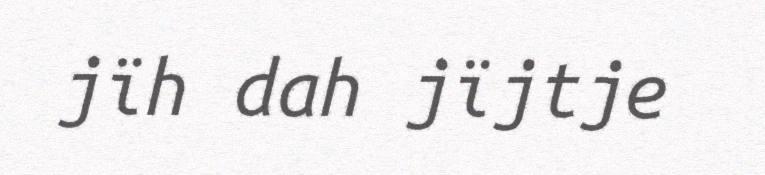
jïh dah jïjtje